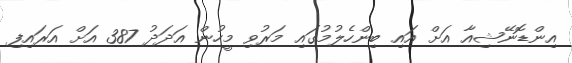
އިންޑޮނޭޝިއާ އަށް އައި ބިންހެލުމުގައި މަރުވި މީހުން އަދަދު 387 އަށް އަރައިފި